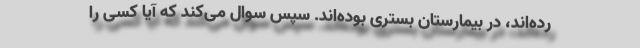
رده‌اند، در بیمارستان بستری بوده‌اند. سپس سوال می‌کند که آیا کسی را